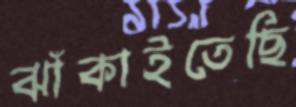
ঝাঁকাইতেছি